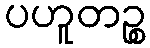
ပဟူတဉ္စ